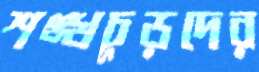
শঙ্খচূড়দের